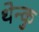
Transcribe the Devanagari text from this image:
थेन्कु